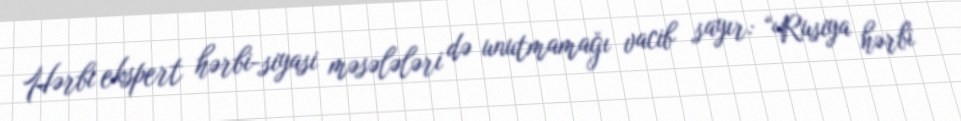
Hərbi ekspert hərbi-siyasi məsələləri də unutmamağı vacib sayır: “Rusiya hərbi